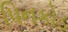
પિનકોડ